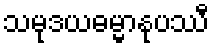
သမုဒယဓမ္မာနုပဿီ